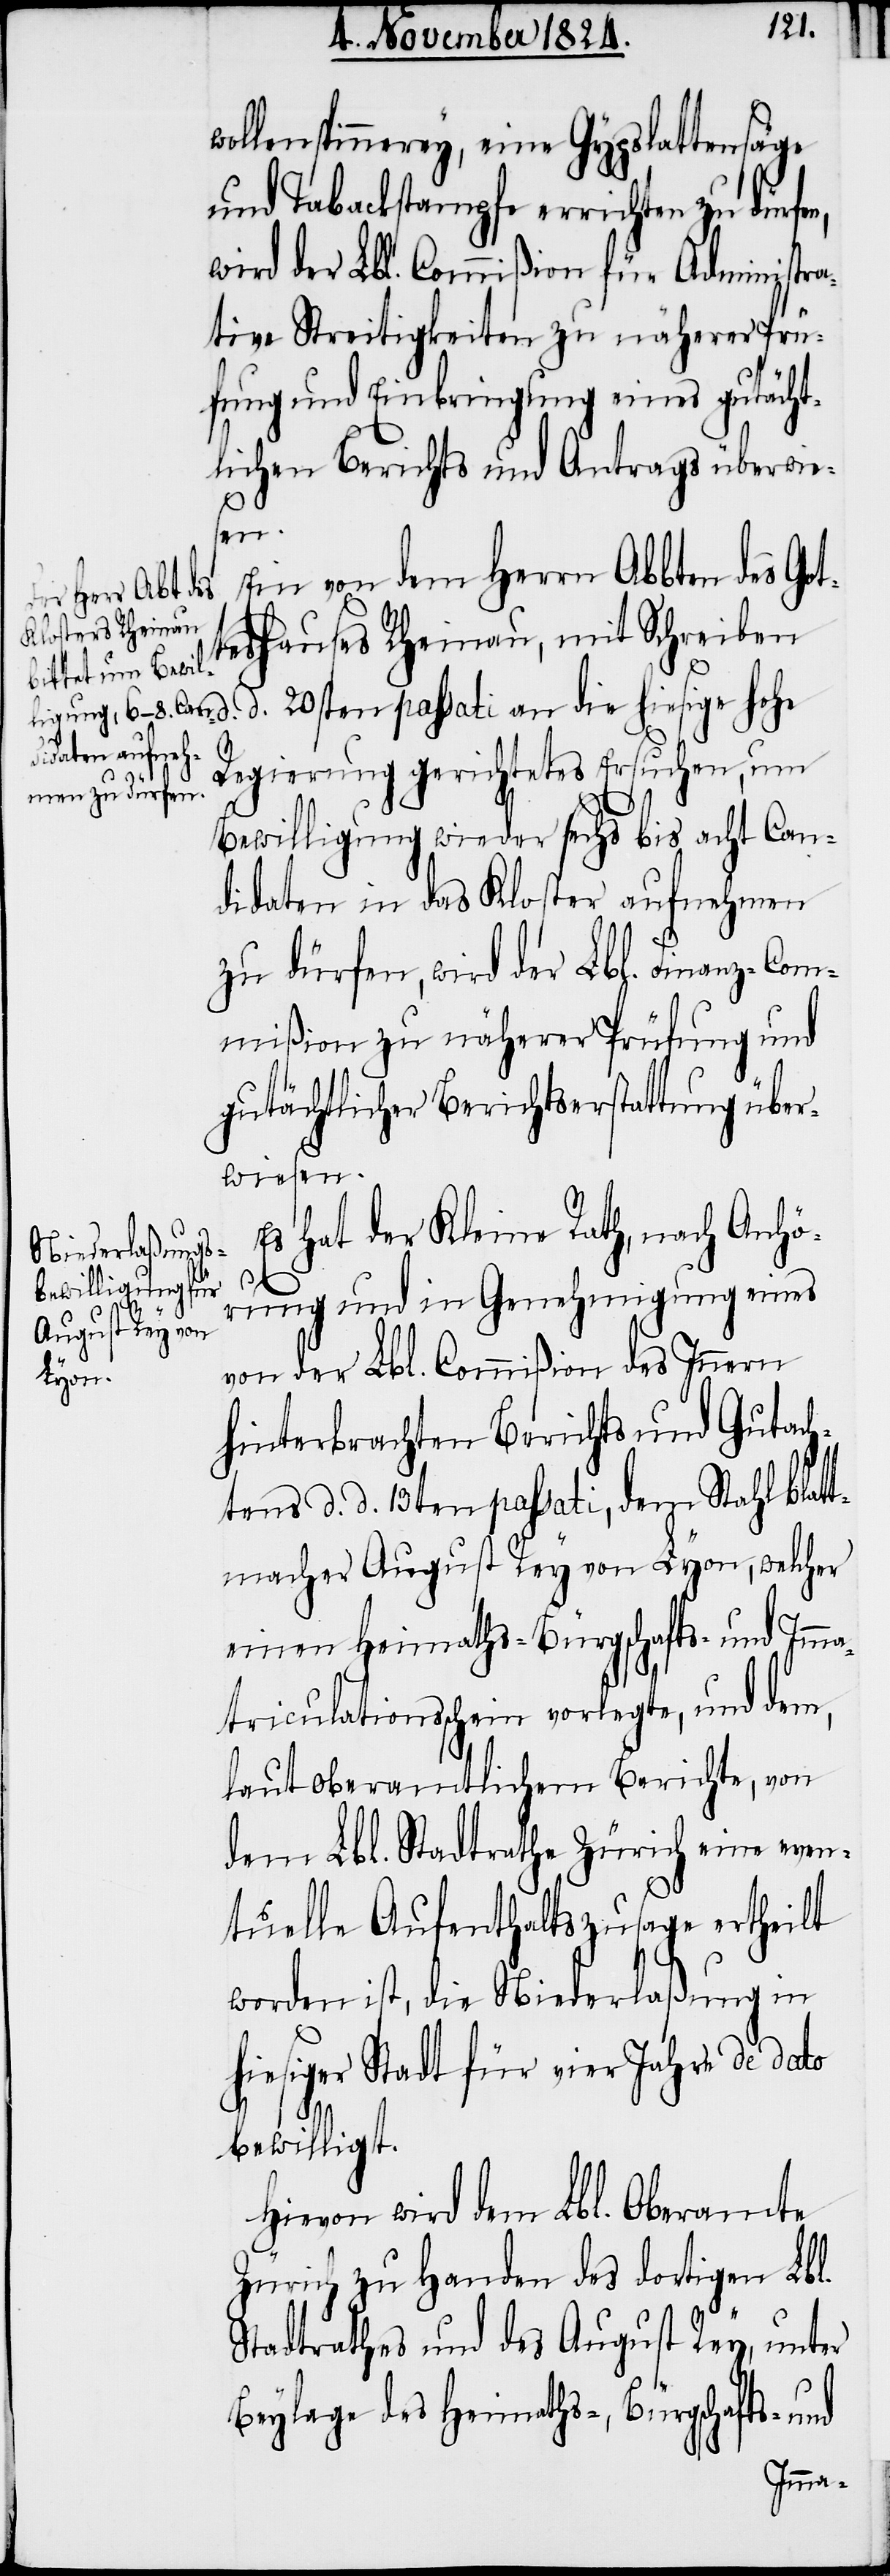
wollenspinnerey, eine Gypslattensäge
und Tabackstampfe errichten zu dürfen,
wird der Lbl. Commißion für Administra¬
tive Streitigkeiten zu näherer Prü¬
fung und Einbringung eines gutächt¬
lichen Berichts und Antrags überwie¬
sen.
Ein von dem Herrn Abbten des Got¬
teshauses Rheinau, mit Schreiben
d. 20sten passati an die hiesige hohe
Regierung gerichtetes Ersuchen, um
Bewilligung wieder sechs bis acht Can¬
didaten in das Kloster aufnehmen
zu dürfen, wird der Lbl. Finanz-Com¬
mißion zu näherer Prüfung und
gutächtlicher Berichtserstattung über¬
wiesen.
Es hat der Kleine Rath, nach Anhö¬
rung und in Genehmigung eines
von der Lbl. Commißion des Innern
hinterbrachten Berichts und Gutach¬
tens d. d. 13ten passati, dem Stahlblatt¬
macher August Rey von Lyon, welcher
einen Heimaths- Bürgschafts- und Imma¬
triculationsschein vorlegte, und dem,
laut oberamtlichem Berichte, von
dem Lbl. Stadtrathe Zürich eine even¬
tuelle Aufenthaltszusage ertheilt
worden ist, die Niederlaßung in
hiesiger Stadt für vier Jahre de dato
d.
bewilligt.
Hievon wird dem Lbl. Oberamte
Zürich zu Handen des dortigen Lbl.
Stadtrathes und des August Rey, unter
Beylage des Heimaths- Bürgschafts- und